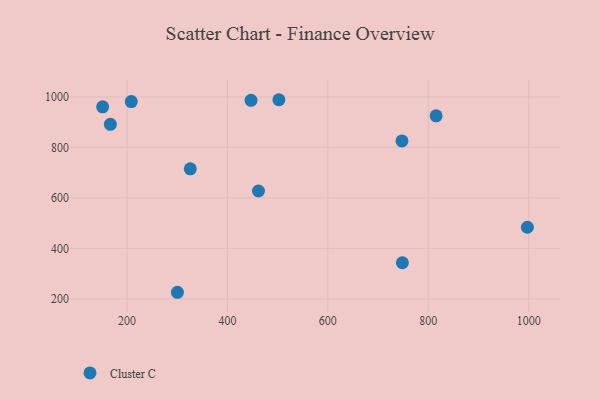
{"axis": {"x": "Experience", "y": "Sales"}, "legend": ["Cluster C"], "data": [{"x": "300.4", "y": 226.2, "type": "Cluster C"}, {"x": "166.8", "y": 891.3, "type": "Cluster C"}, {"x": "997.5", "y": 483.8, "type": "Cluster C"}, {"x": "748.5", "y": 343.1, "type": "Cluster C"}, {"x": "461.8", "y": 627.3, "type": "Cluster C"}, {"x": "502.5", "y": 988.9, "type": "Cluster C"}, {"x": "326.0", "y": 715.1, "type": "Cluster C"}, {"x": "815.7", "y": 925.0, "type": "Cluster C"}, {"x": "447.0", "y": 986.7, "type": "Cluster C"}, {"x": "747.7", "y": 825.7, "type": "Cluster C"}, {"x": "208.5", "y": 981.6, "type": "Cluster C"}, {"x": "151.4", "y": 960.6, "type": "Cluster C"}]}